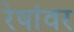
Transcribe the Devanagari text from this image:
रेषांवर